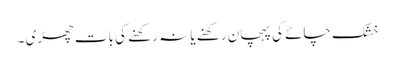
خشک چائے کی پہچان رکھنے یا نہ رکھنے کی بات چھڑی ۔